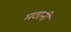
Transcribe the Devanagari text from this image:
मठानी